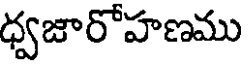
ధ్వజారోహణము